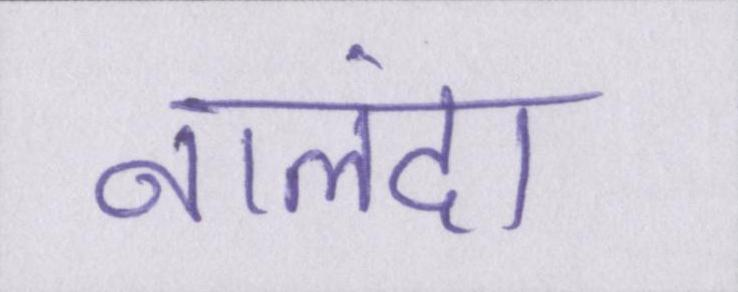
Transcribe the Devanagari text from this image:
नालंदा